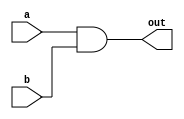
/*
	And:

	in -- a, b
	out -- out
	
	(a == 1 && b == 1) --> out = 1

*/

module And(
	input wire a,
	input wire b,
	output wire out
);

wire _out;

/*
    Nand(a = a, b = b, out = out1);
    Nand(a = a, b = b, out = out2);
    Nand(a = out1, b = out2, out = out);

    -> nand2tetris
*/

nand(_out, a, b);  // make twice into once
nand(out, _out, _out);

endmodule